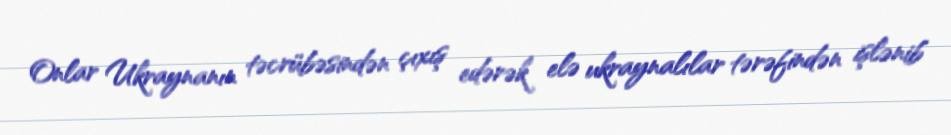
Onlar Ukraynanın təcrübəsindən çıxış edərək elə ukraynalılar tərəfindən işlənib